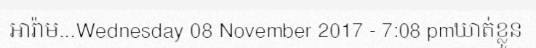
អារ៉ាម...Wednesday 08 November 2017 - 7:08 pmឃាត់ខ្លួន